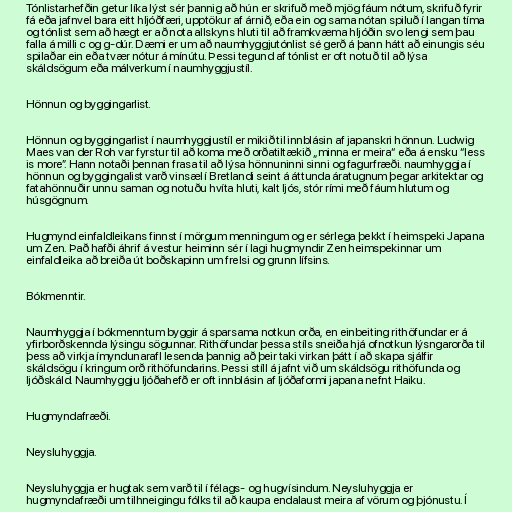
Tónlistarhefðin getur líka lýst sér þannig að hún er skrifuð með mjög fáum nótum, skrifuð fyrir
fá eða jafnvel bara eitt hljóðfæri, upptökur af árnið, eða ein og sama nótan spiluð í langan tíma
og tónlist sem að hægt er að nota allskyns hluti til að framkvæma hljóðin svo lengi sem þau
falla á milli c og g-dúr. Dæmi er um að naumhyggjutónlist sé gerð á þann hátt að einungis séu
spilaðar ein eða tvær nótur á mínútu. Þessi tegund af tónlist er oft notuð til að lýsa
skáldsögum eða málverkum í naumhyggjustíl.

Hönnun og byggingarlist.

Hönnun og byggingarlist í naumhyggjustíl er mikið til innblásin af japanskri hönnun. Ludwig
Maes van der Roh var fyrstur til að koma með orðatiltækið „minna er meira“ eða á ensku “less
is more”. Hann notaði þennan frasa til að lýsa hönnuninni sinni og fagurfræði. naumhyggja í
hönnun og byggingalist varð vinsæl í Bretlandi seint á áttunda áratugnum þegar arkitektar og
fatahönnuðir unnu saman og notuðu hvíta hluti, kalt ljós, stór rími með fáum hlutum og
húsgögnum.

Hugmynd einfaldleikans finnst í mörgum menningum og er sérlega þekkt í heimspeki Japana
um Zen. Það hafði áhrif á vestur heiminn sér í lagi hugmyndir Zen heimspekinnar um
einfaldleika að breiða út boðskapinn um frelsi og grunn lífsins.

Bókmenntir.

Naumhyggja í bókmenntum byggir á sparsama notkun orða, en einbeiting rithöfundar er á
yfirborðskennda lýsingu sögunnar. Rithöfundar þessa stíls sneiða hjá ofnotkun lýsngarorða til
þess að virkja ímyndunarafl lesenda þannig að þeir taki virkan þátt í að skapa sjálfir
skáldsögu í kringum orð rithöfundarins. Þessi stíll á jafnt við um skáldsögu rithöfunda og
ljóðskáld. Naumhyggju ljóðahefð er oft innblásin af ljóðaformi japana nefnt Haiku.

Hugmyndafræði.

Neysluhyggja.

Neysluhyggja er hugtak sem varð til í félags- og hugvísindum. Neysluhyggja er
hugmyndafræði um tilhneigingu fólks til að kaupa endalaust meira af vörum og þjónustu. Í